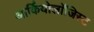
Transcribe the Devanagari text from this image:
आर्कियोलाॅजिस्ट